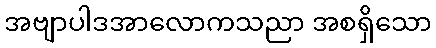
အဗျာပါဒအာလောကသညာ အစရှိသော